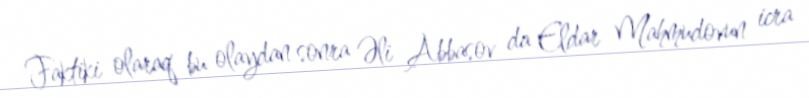
Faktiki olaraq bu olaydan sonra Əli Abbasov da Eldar Mahmudovun icra